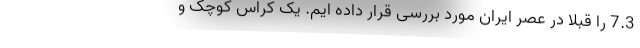
7.3 را قبلا در عصر ایران مورد بررسی قرار داده ایم. یک کراس کوچک و